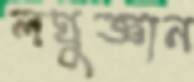
লঘুজ্ঞান